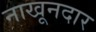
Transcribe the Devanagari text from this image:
नाखूनदार